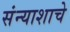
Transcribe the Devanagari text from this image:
संन्याशाचे